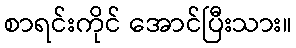
စာရင်းကိုင် အောင်ပြီးသား။